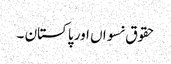
حقوق نسواں اور پاکستان ۔